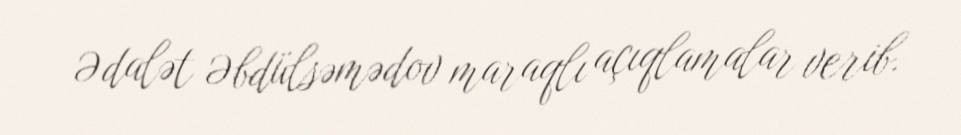
Ədalət Əbdülsəmədov maraqlı açıqlamalar verib.